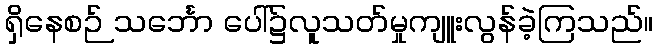
ရှိနေစဉ် သင်္ဘော ပေါ်၌လူသတ်မှုကျူးလွန်ခဲ့ကြသည်။